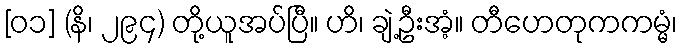
[၀၁] (နိ၊ ၂၉၄) တို့ယူအပ်ပြီ။ ဟိ၊ ချဲ့ဦးအံ့။ တီဟေတုကကမ္မံ၊